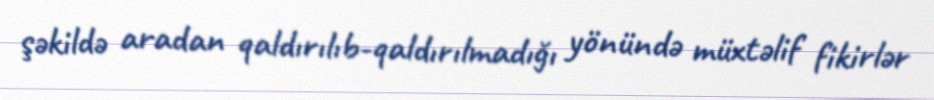
şəkildə aradan qaldırılıb-qaldırılmadığı yönündə müxtəlif fikirlər